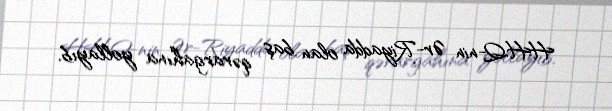
HHQ-nin Ər-Riyadda olan baş qərargahına yollayıb.